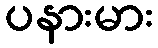
ပနားမား